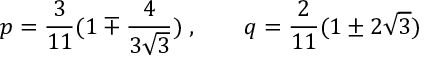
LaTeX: p = \frac { 3 } { 1 1 } ( 1 \mp \frac { 4 } { 3 \sqrt { 3 } } ) \; , \qquad q = \frac { 2 } { 1 1 } ( 1 \pm 2 \sqrt { 3 } )